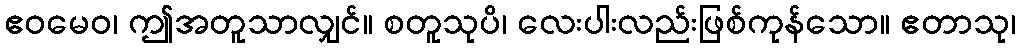
ဧဝမေဝ၊ ဤအတူသာလျှင်။ စတူသုပိ၊ လေးပါးလည်းဖြစ်ကုန်သော။ ဧတာသု၊